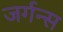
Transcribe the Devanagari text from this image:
जर्गन्स